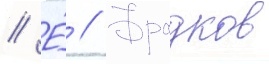
// Е́ // Фрадков